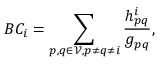
B C _ { i } = \sum _ { p , q \in \mathscr { V } , p \neq q \neq i } \frac { h _ { p q } ^ { i } } { g _ { p q } } ,